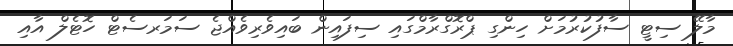
މާލޭ ސިޓީ ސާފުކުރުމަށް ހިންގި ޕްރޮގްރާމްގައި ސިފައިން ބައިވެރިވެއްޖެ ސަމަރސެޓް ހޮޓެލް އާއި